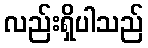
လည်းရှိပါသည်